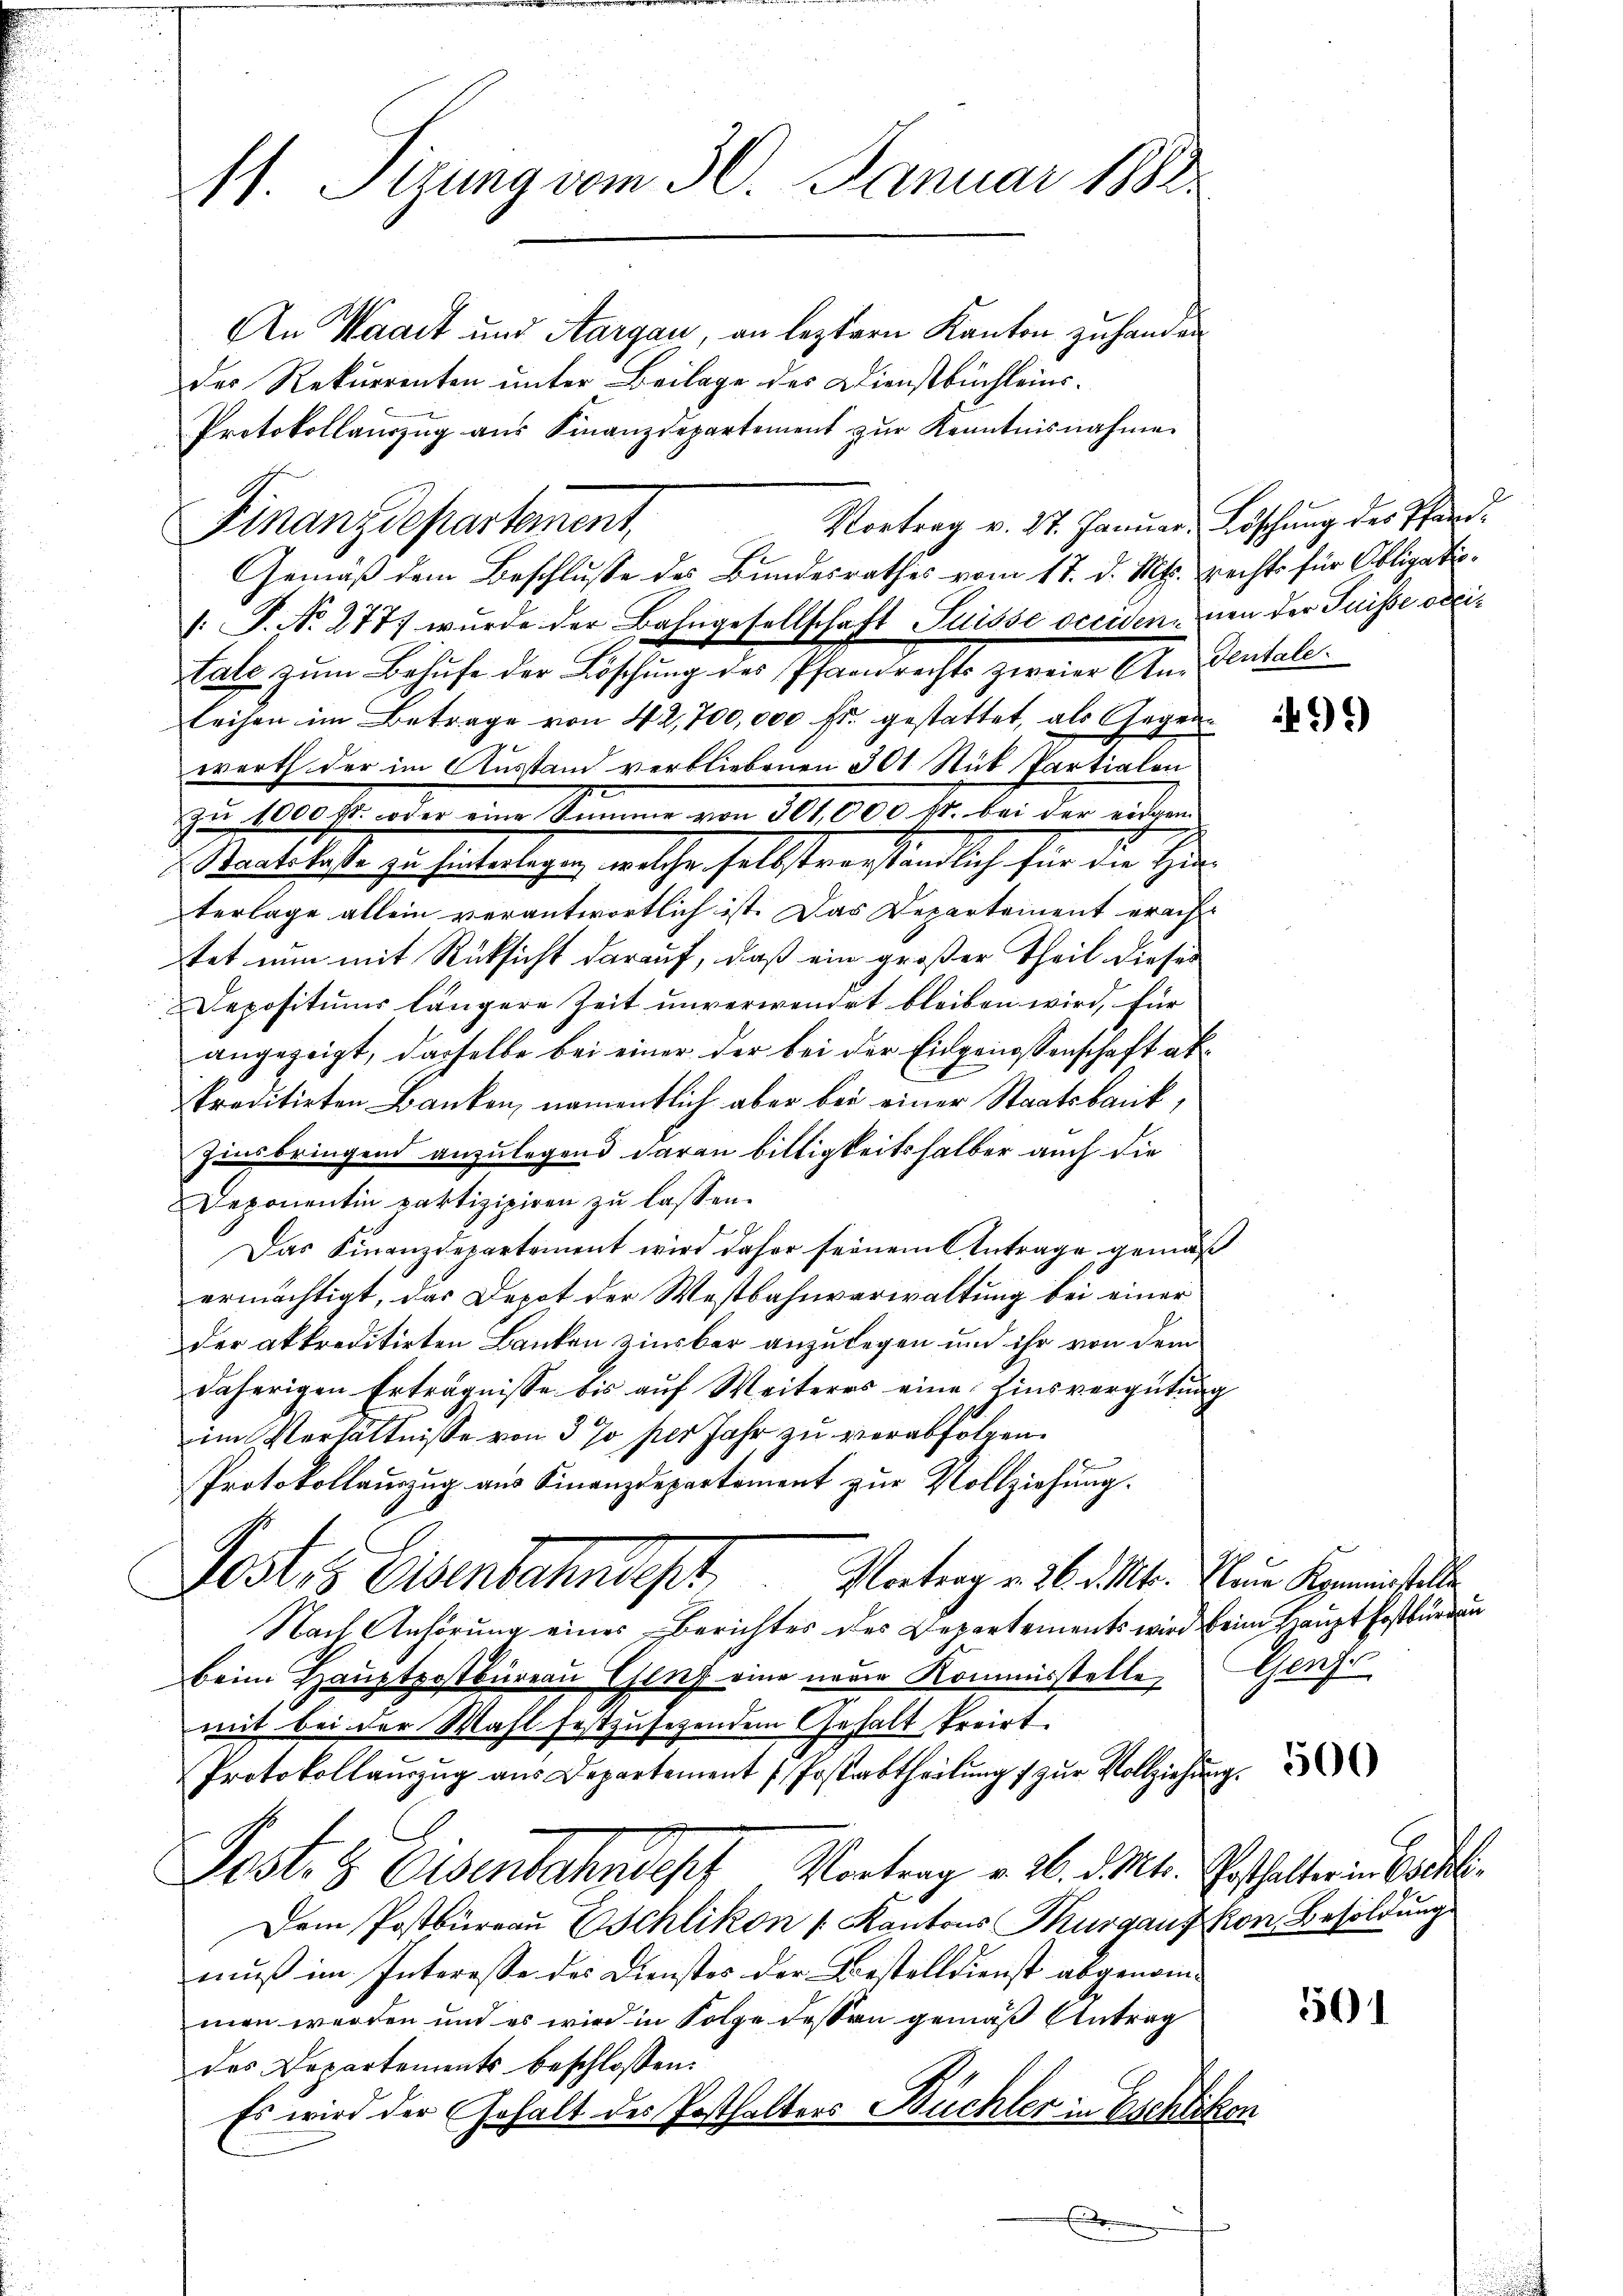
11. Sizung vom 30. Januar 1888.

An Waadt und Aargau, an leztern Kanton zu handen
der Rekurrenten unter Beilage des Dienstbuchleins¬
Vortrag v. 27. Januar, Löschung des Pfarr¬
Gemäß dem Beschlusse des Bundesrathes vom 17. d. Mts. recht für Obligati¬
/: P. No. 277) wurde der Bahngesellschaft Suisse occidenenen der Puisse odeitale zum Behufe der Löschung des Pfarrechts zweier Andentaleleihen im Betrage von 42,700,000 fr. gestattet, als Gegenwerth der im Ausstand verbliebenen 301 Stük Partialen
zu 1000 fl. oder eine Summe von 301,000 fr. bei der eidgen
ackhofe zu hintertigen, welcher selbstverständlich für die Her
terlage allein verantwortlich ist. Das Departement erach-
tet nun mit Rücksicht darauf, daß ein großer Theil dieses
Depositums längere Zeit unverwendet bleiben wird, für
angezeigt, dasselbe bei einer der bei der Eidgenossenschaft abkreditirten Banken, namentlich aber bei einer Staatsbank,
Zinsbringend anzulegend daran billigkeitshalber auch die
Deponentin paktizipiren zu lassen.
Das Finanzdepartement wird daher seinem Antrage gemäß
ermächtigt, das Depot der Westbahnverwaltung bei einer
der akkreditirten Banken zinsbar anzulegen und ihr von dem
daherigen Erträgnisse bis auf Weiteres eine hinsvergütung
im Verhältnisse von 3 % per Jahr zu verabfolgen.
Protokollauszug aus Finanzdepartement zŭr Vollziehung.
Posts Eisenbahnst
Vortrag v. 26. d. Mts. Neue Kommisstelle
Nach Anhörung eines Berichtes des Departements wird beim Haupt Postbürden
beim Hauptpostbureau Ehlig eine neuen Kommisstelle
mit bei der Wahl festzusetzendem Gehalt kreist
Protokollaŭszŭg aŭs Departement / Postabtheilŭng zŭr Vollziehŭng
Post. S Osenbahndes Vortrag v. 26. d. Mt. Posthalter in Bartl.
Dem Postbüreau Eschlikon [Kantons Thurgaus von Besoldung
muß im Interesse des Dienstes der Bestelldienst abgenommen werden und es wird in Folge dessen gemäß Antrag
des Departements beschlossen:
Es wird der Gehalt des Posthalters Büchler in Eschlikon
E

Finanzdepartement,

Protokollaŭszŭg aŭs Finanzdepartement zŭr Kenntnisnahme

491)

Gereche

501